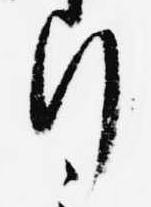
行